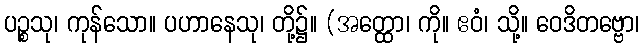
ပဉ္စသု၊ ကုန်သော။ ပဟာနေသု၊ တို့၌။ (အတ္ထော၊ ကို။ ဧဝံ၊ သို့။ ဝေဒိတဗ္ဗော၊